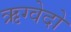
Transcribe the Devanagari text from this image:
ऋग्वेदो